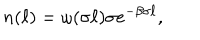
n ( \ell ) = \omega ( \sigma \ell ) \sigma e ^ { - \beta \sigma \ell } ,